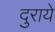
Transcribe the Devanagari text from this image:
दुराये